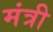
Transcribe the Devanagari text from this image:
मंत्री